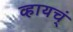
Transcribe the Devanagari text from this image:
व्हायच्ं